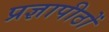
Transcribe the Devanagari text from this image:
प्रज्ञापीठों